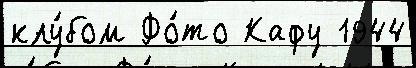
клу́бом Фо́то Кафу 1944